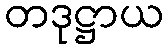
တဒုဋ္ဌာယ